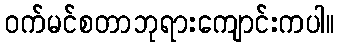
ဝက်မင်စတာဘုရားကျောင်းကပါ။